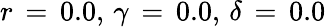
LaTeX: r\, =\, 0.0,\, \gamma\, =\, 0.0,\, \delta\, =\, 0.0